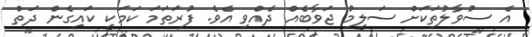
އެ ސުވާލުތަކަށް ސަލީމު ޖަވާބެއް ދެއްވި އެވެ. ފުރަތަމަ ކަމަކީ ކައިގެން ދަތް